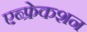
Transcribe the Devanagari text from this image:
एब्फ्रेकशन